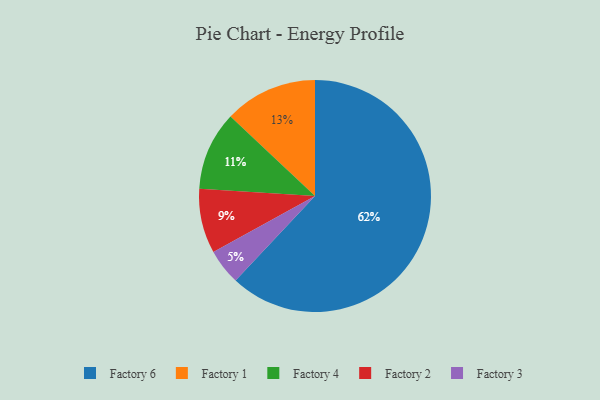
{"axis": {"x": "Category", "y": "Percentage"}, "legend": ["Factory 1", "Factory 2", "Factory 3", "Factory 4", "Factory 6"], "data": [{"x": "Factory 1", "y": 13, "type": "Factory 1"}, {"x": "Factory 3", "y": 5, "type": "Factory 3"}, {"x": "Factory 6", "y": 62, "type": "Factory 6"}, {"x": "Factory 4", "y": 11, "type": "Factory 4"}, {"x": "Factory 2", "y": 9, "type": "Factory 2"}]}